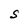
Character: S